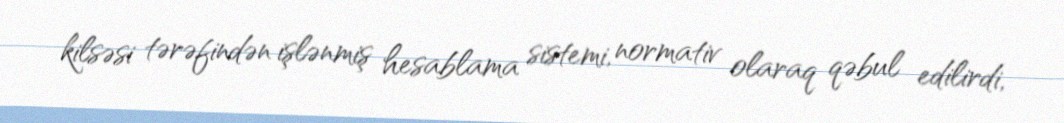
kilsəsi tərəfindən işlənmiş hesablama sistemi, normativ olaraq qəbul edilirdi,